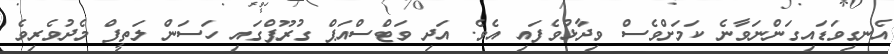
އެނގިވަޑައިގަންނަވާނެ ކަމަށްވެސް ވިދާޅުވެފައި އެވެ. އަދި ވަޓްސްއަޕް ގުރޫޕްގައި ހަސަން ލަތީފް މެދުވެރިވެ